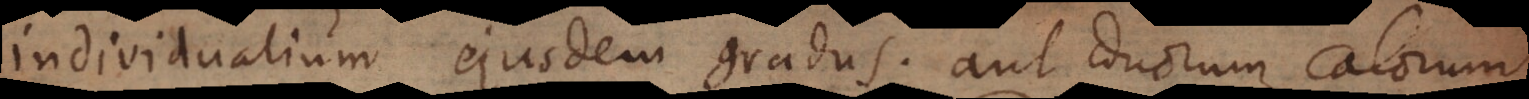
individualium ejusdem gradus; aut duorum calorum